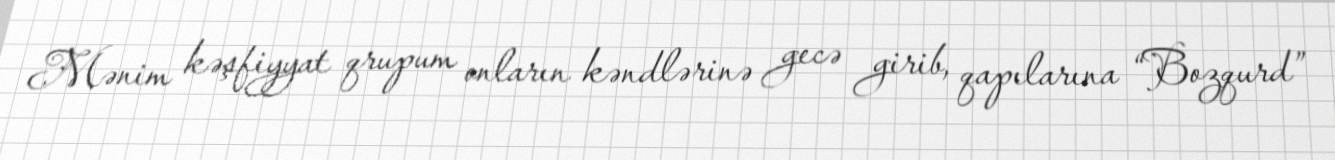
Mənim kəşfiyyat qrupum onların kəndlərinə gecə girib, qapılarına “Bozqurd”